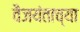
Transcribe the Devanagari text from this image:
वैजयंताच्या